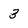
Character: 3